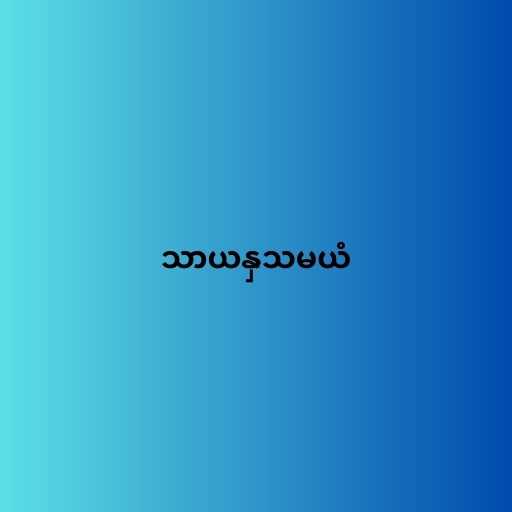
သာယနှသမယံ